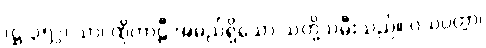
(ဋ္ဌ-၃၅၂) သာ၊ ထိုကာဠီ အမည်ရှိသော သတို့သမီးသည်။ ဝယပ္ပတ္တာ၊